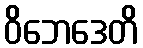
ဝိဘေဒေတိ